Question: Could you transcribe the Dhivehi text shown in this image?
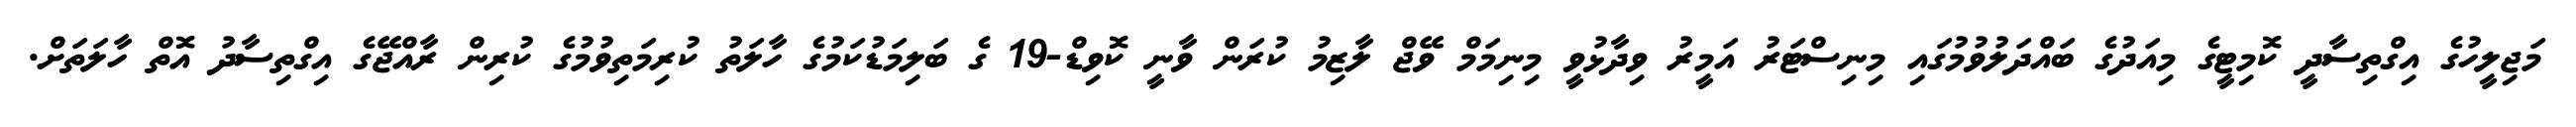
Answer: މަޖިލީހުގެ އިގްތިސާދީ ކޮމިޓީގެ މިއަދުގެ ބައްދަލުވުމުގައި މިނިސްޓަރު އަމީރު ވިދާޅުވީ މިނިމަމް ވޭޖް ލާޒިމު ކުރަން ވާނީ ކޮވިޑް-19 ގެ ބަލިމަޑުކަމުގެ ހާލަތު ކުރިމަތިވުމުގެ ކުރިން ރާއްޖޭގެ އިގްތިސާދު އޮތް ހާލަތަށް.